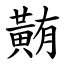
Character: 䵋